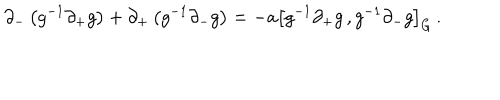
\partial _ { - } \left( g ^ { - 1 } \partial _ { + } g \right) + \partial _ { + } \left( g ^ { - 1 } \partial _ { - } g \right) = - a \left[ g ^ { - 1 } \partial _ { + } g \, , g ^ { - 1 } \partial _ { - } g \right] _ { G } \, .